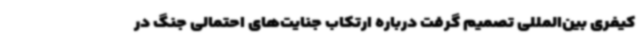
کیفری بین‌المللی تصمیم گرفت درباره ارتکاب جنایت‌های احتمالی جنگ در